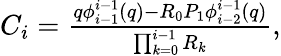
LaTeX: \begin{array}{r}{C_{i}=\frac{q\phi_{i-1}^{i-1}(q)-R_{0}P_{1}\phi_{i-2}^{i-1}(q)}{\prod_{k=0}^{i-1}R_{k}},}\end{array}